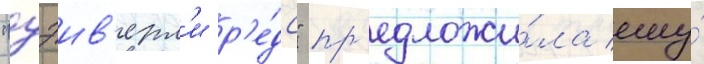
"уэив'ерл'и р'е́дс" пр'едложи́ла ему́